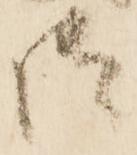
御